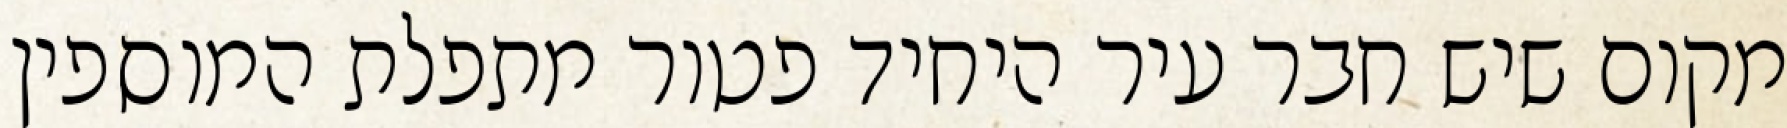
מקום שיש חבר עיר היחיד פטור מתפלת המוספין